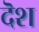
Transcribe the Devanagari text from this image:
दॆश